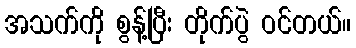
အသက်ကို စွန့်ပြီး တိုက်ပွဲ ဝင်တယ်။